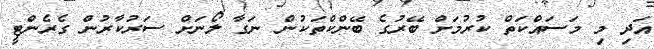
އަދި މި މަސައްކަތް ކުރުމަށް ބޭރުގެ ބޭންކްތަކުން ނަގާ ލޯނަށް ސަރުކާރުން ގެރެންޓީ